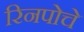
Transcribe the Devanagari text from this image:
रिनपोचे